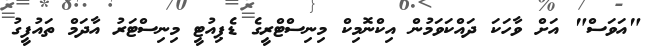
"އަވަސް" އަށް ވާހަކަ ދައްކަވަމުން އިކްނޮމިކް މިނިސްޓްރީގެ ޑެޕިއުޓީ މިނިސްޓަރު އާދަމް ތައުފީގު